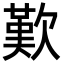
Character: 歎